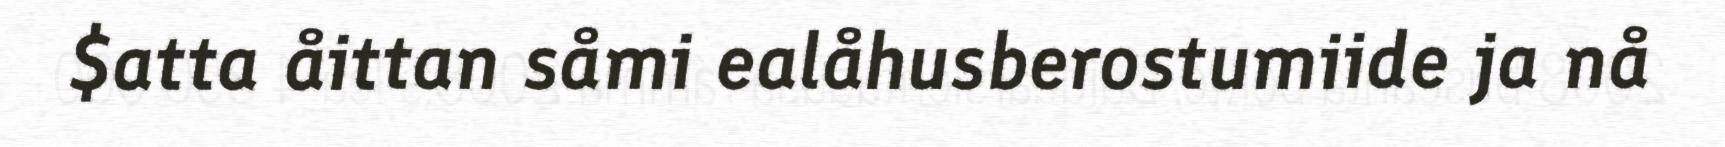
$atta åittan såmi ealåhusberostumiide ja nå